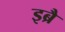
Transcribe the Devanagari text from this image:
इब्रै